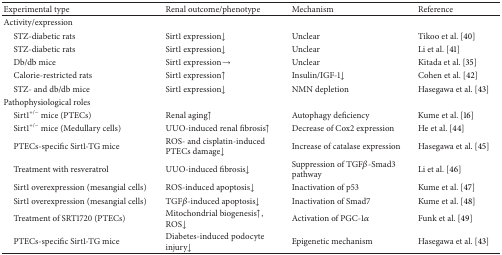
| Experimental type | Renal outcome/phenotype | Mechanism | Reference |
 | --- | --- | --- | --- |
 | Activity/expression |  |  |  |
 | STZ-diabetic rats | Sirt1 expression↓ | Unclear | Tikoo et al. [40] |
 | STZ-diabetic rats | Sirt1 expression↓ | Unclear | Li et al. [41] |
 | Db/db mice | Sirt1 expression→ | Unclear | Kitada et al. [35] |
 | Calorie-restricted rats | Sirt1 expression↑ | Insulin/IGF-1↓ | Cohen et al. [42] |
 | STZ- and db/db mice | Sirt1 expression↓ | NMN depletion | Hasegawa et al. [43] |
 | Pathophysiological roles |  |  |  |
 | Sirt1+/− mice (PTECs) | Renal aging↑ | Autophagy deficiency | Kume et al. [16] |
 | Sirt1+/− mice (Medullary cells) | UUO-induced renal fibrosis↑ | Decrease of Cox2 expression | He et al. [44] |
 | PTECs-specific Sirt1-TG mice | ROS- and cisplatin-induced PTECs damage↓ | Increase of catalase expression | Hasegawa et al. [45] |
 | Treatment with resveratrol | UUO-induced fibrosis↓ | Suppression of TGFβ-Smad3 pathway | Li et al. [46] |
 | Sirt1 overexpression (mesangial cells) | ROS-induced apoptosis↓ | Inactivation of p53 | Kume et al. [47] |
 | Sirt1 overexpression (mesangial cells) | TGFβ-induced apoptosis↓ | Inactivation of Smad7 | Kume et al. [48] |
 | Treatment of SRT1720 (PTECs) | Mitochondrial biogenesis↑, ROS↓ | Activation of PGC-1α | Funk et al. [49] |
 | PTECs-specific Sirt1-TG mice | Diabetes-induced podocyte injury↓ | Epigenetic mechanism | Hasegawa et al. [43] |